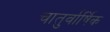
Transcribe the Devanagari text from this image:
चातुर्वार्षिक